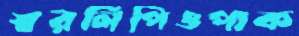
স্বরলিপিওপাক